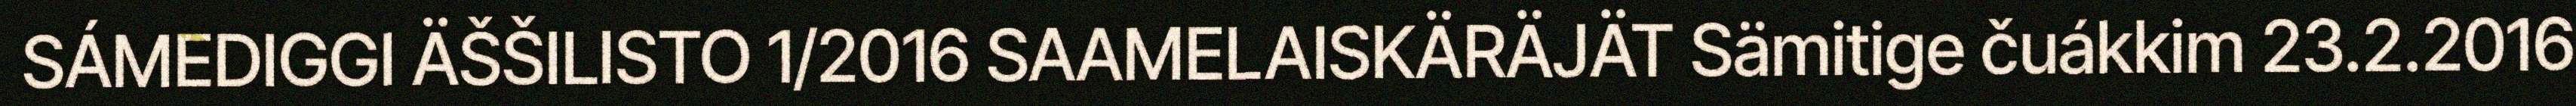
SÁMEDIGGI ÄŠŠILISTO 1/2016 SAAMELAISKÄRÄJÄT Sämitige čuákkim 23.2.2016